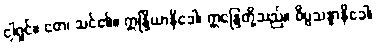
ငါ့ရှင်။ တေ၊ သင်၏။ ဣန္ဒြိယာနိခေါ၊ ဣန္ဒြေတို့သည်။ ဝိပ္ပသန္နာနိခေါ၊